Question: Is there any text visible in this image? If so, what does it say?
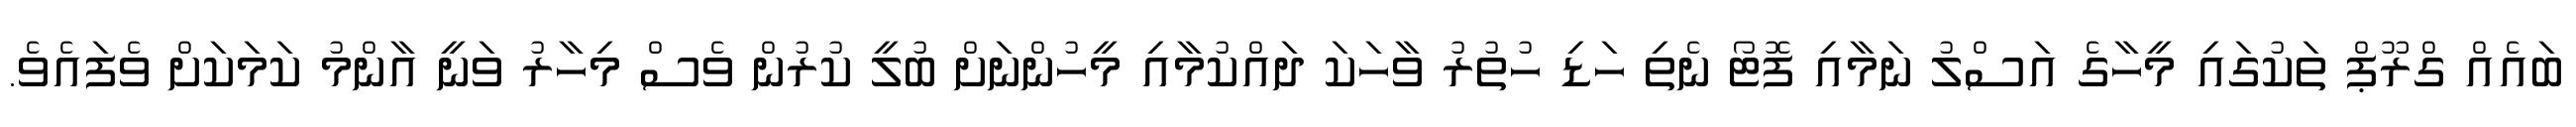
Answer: ބައެއް ގްރޫޕް ތަކުގައި މީހާގެ އަސްލު ނަމާއި ފޮޓޯ ނެތި ހަޑި ހުތުރު ވާހަކަ ދައްކުމާއި މީހުންނަށް ބުލީ ކުރުން ވެސް މިހާރު ވަނީ އާންމު ކަމަކަށް ވެފައެވެ.